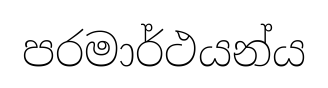
පරමාර්ථයන්ය